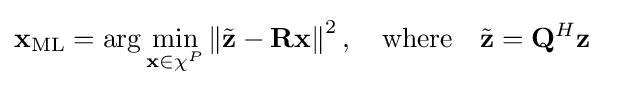
\mathbf {x} _{\mathrm {ML} }=\arg \min _{\mathbf {x} \in \chi ^{P}}\left\|{\tilde {\mathbf {z} }}-\mathbf {R} \mathbf {x} \right\|^{2},\quad {\text{where}}\quad {\tilde {\mathbf {z} }}=\mathbf {Q} ^{H}\mathbf {z} \quad